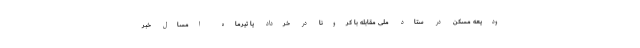
ودیعه مسکن در ستاد ملی مقابله با کرونا در خرداد یا تیرماه امسال خبر